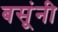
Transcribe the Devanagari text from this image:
बसूंनी